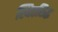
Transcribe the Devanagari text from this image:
स्थितसिद्ध